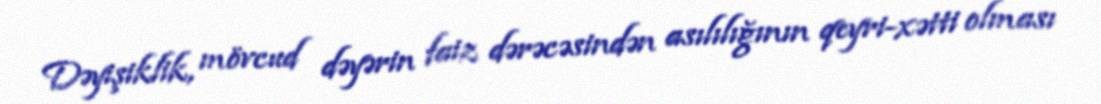
Dəyişiklik, mövcud dəyərin faiz dərəcəsindən asılılığının qeyri-xətti olması